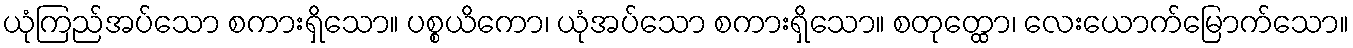
ယုံကြည်အပ်သော စကားရှိသော။ ပစ္စယိကော၊ ယုံအပ်သော စကားရှိသော။ စတုတ္ထော၊ လေးယောက်မြောက်သော။